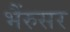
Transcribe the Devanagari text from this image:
भैंरुसर